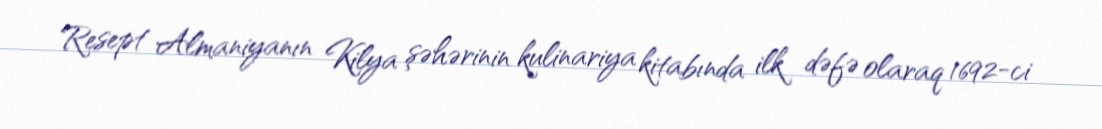
Resept Almaniyanın Kilya şəhərinin kulinariya kitabında ilk dəfə olaraq 1692-ci